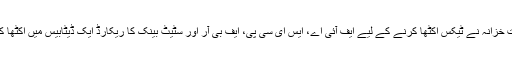
اب وزارتِ خزانہ نے ٹیکس اکٹھا کرنے کے لیے ایف آئی اے، ایس ای سی پی، ایف بی آر اور سٹیٹ بینک کا ریکارڈ ایک ڈیٹابیس میں اکٹھا کر دیا ہے۔